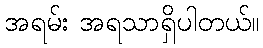
အရမ်း အရသာရှိပါတယ်။